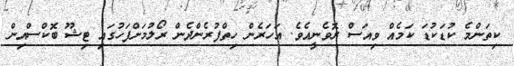
ކިތަންމެ ކުޑަކުޑަ ކަމެއް ވިއަސް ރޮވެނީއެވެ. އަހަރެން ހިތްފުރެންދެން ރޯލުމަށްފަހުގައި ޓިޝޫ ބޮކްސްއިން